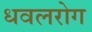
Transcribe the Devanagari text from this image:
धवलरोग